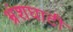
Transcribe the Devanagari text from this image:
भ्रंशघाटी